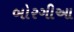
બોરગીઆ